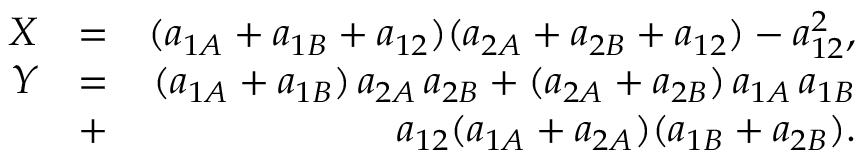
\begin{array} { r l r } { X } & { = } & { ( a _ { 1 A } + a _ { 1 B } + a _ { 1 2 } ) ( a _ { 2 A } + a _ { 2 B } + a _ { 1 2 } ) - a _ { 1 2 } ^ { 2 } , } \\ { Y } & { = } & { ( a _ { 1 A } + a _ { 1 B } ) \, a _ { 2 A } \, a _ { 2 B } + ( a _ { 2 A } + a _ { 2 B } ) \, a _ { 1 A } \, a _ { 1 B } } \\ & { + } & { a _ { 1 2 } ( a _ { 1 A } + a _ { 2 A } ) ( a _ { 1 B } + a _ { 2 B } ) . } \end{array}